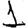
Digit: 1